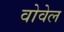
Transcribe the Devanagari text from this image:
वोवेल